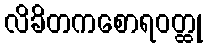
လိခိတကစောရဝတ္ထု